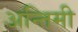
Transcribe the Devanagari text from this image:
अन्तिमी